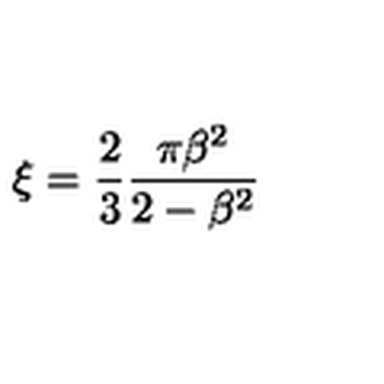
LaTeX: \xi = { \frac { 2 } { 3 } } { \frac { \pi \beta ^ { 2 } } { 2 - \beta ^ { 2 } } }